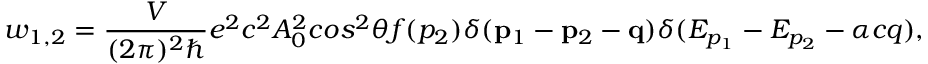
w _ { 1 , 2 } = \frac { { \cal { V } } } { ( 2 \pi ) ^ { 2 } \hbar } e ^ { 2 } c ^ { 2 } A _ { 0 } ^ { 2 } c o s ^ { 2 } \theta f ( p _ { 2 } ) \delta ( \mathbf { p } _ { 1 } - \mathbf { p } _ { 2 } - \mathbf { q } ) \delta ( E _ { p _ { 1 } } - E _ { p _ { 2 } } - \alpha c q ) ,